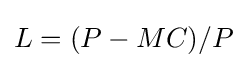
L=(P-MC)/P